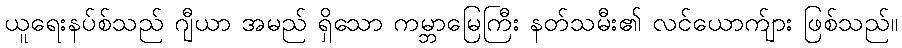
ယူရေးနပ်စ်သည် ဂျီယာ အမည် ရှိသော ကမ္ဘာမြေကြီး နတ်သမီး၏ လင်ယောက်ျား ဖြစ်သည်။